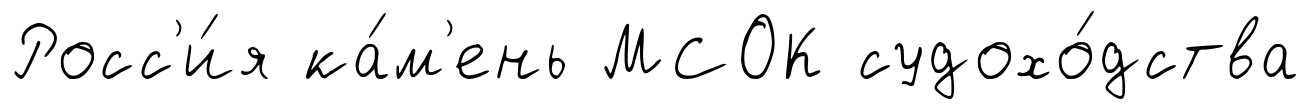
Росс'и́я ка́м'ень МСОК судохо́дства